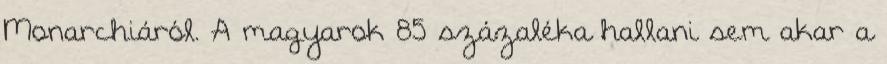
Monarchiáról. A magyarok 85 százaléka hallani sem akar a